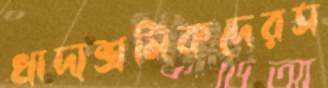
খাদ্যশ্রমিকদেরস